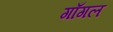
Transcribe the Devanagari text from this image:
गाँगल